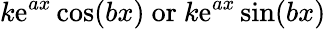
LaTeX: k\mathrm{e}^{ax}\cos(bx){\mathrm{{~or~}}}k\mathrm{e}^{ax}\sin(bx)